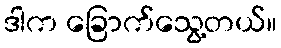
ဒါက ခြောက်သွေ့တယ်။